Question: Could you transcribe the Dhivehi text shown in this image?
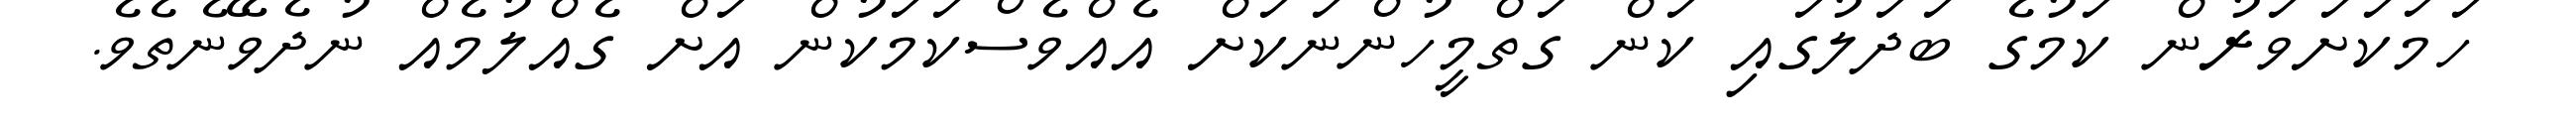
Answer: ހަމަކަށަވަރުން ކަމުގެ ބަދަލުގައި ކަން ގަތްމީހުންނަކަށް އެއްވެސްކަމަކުން އަށް ގެއްލުމެއް ނުދެވޭނެތެވެ.